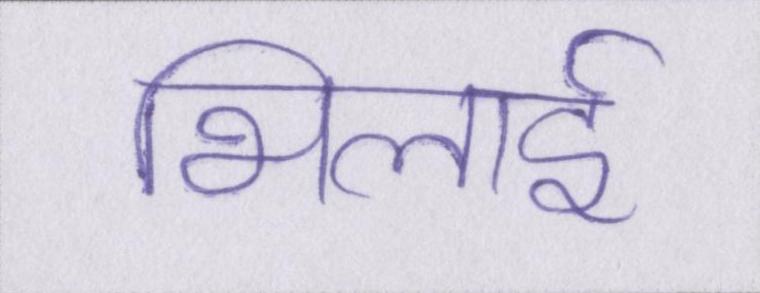
भिलाई